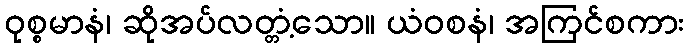
ဝုစ္စမာနံ၊ ဆိုအပ်လတ္တံ့သော။ ယံဝစနံ၊ အကြင်စကား